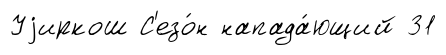
Уjиркош С'езо́н напада́ющий 31